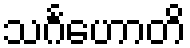
သင်္ဂဟောတိ